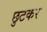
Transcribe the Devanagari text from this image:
छुटकर